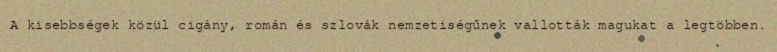
A kisebbségek közül cigány, román és szlovák nemzetiségűnek vallották magukat a legtöbben.